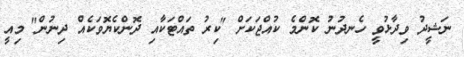
ނަޝީދު ވިދާޅުވީ ހެނދުނު ކޮންމެ ކުއްޖަކަށް "ކިރު ތައްޓަކާއި ދޮންކެޔޮވަކެއް ދިނުން" މިއީ